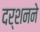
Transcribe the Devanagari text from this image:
दर्शनने